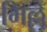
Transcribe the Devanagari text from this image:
भिल्ले